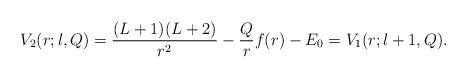
\begin{align*} V_2(r;l,Q) = \frac{(L+1)(L+2)}{r^2} - \frac{Q}{r} f(r) - E_0 = V_1(r;l+1,Q).\end{align*}